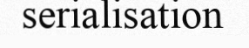
serialisation